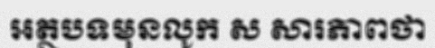
អត្ថបទមុនលូក ស សារភាពថា